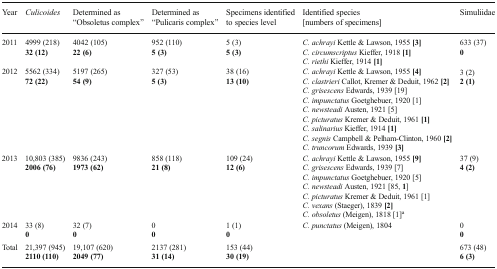
<table><thead><tr><td><b>Year</b></td><td><b><i>Culicoides</i></b></td><td><b>Determined as “Obsoletus complex”</b></td><td><b>Determined as “Pulicaris complex”</b></td><td><b>Specimens identified to species level</b></td><td><b>Identified species [numbers of specimens]</b></td><td><b>Simuliidae</b></td></tr></thead><tbody><tr><td>2011</td><td>4999 (218)<b>32 (12)</b></td><td>4042 (105)<b>22 (6)</b></td><td>952 (110)<b>5 (3)</b></td><td>5 (3)<b>5 (3)</b></td><td><i>C. achrayi</i> Kettle &amp; Lawson, 1955 <b>[3]</b><i>C. circumscriptus</i> Kieffer, 1918 <b>[1]</b><i>C. riethi</i> Kieffer, 1914 <b>[1]</b></td><td>633 (37)<b>0</b></td></tr><tr><td>2012</td><td>5562 (334)<b>72 (22)</b></td><td>5197 (265)<b>54 (9)</b></td><td>327 (53)<b>5 (3)</b></td><td>38 (16)<b>13 (10)</b></td><td><i>C. achrayi</i> Kettle &amp; Lawson, 1955 <b>[4]</b><i>C. clastrieri</i> Callot, Kremer &amp; Deduit, 1962 <b>[2]</b><i>C. grisescens</i> Edwards, 1939 [19]<i>C. impunctatus</i> Goetghebuer, 1920 [1]<i>C. newsteadi</i> Austen, 1921 [5]<i>C. picturatus</i> Kremer &amp; Deduit, 1961 <b>[1]</b><i>C. salinarius</i> Kieffer, 1914 <b>[1]</b><i>C. segnis</i> Campbell &amp; Pelham-Clinton, 1960 <b>[2]</b><i>C. truncorum</i> Edwards, 1939 <b>[3]</b></td><td>3 (2)<b>2 (1)</b></td></tr><tr><td>2013</td><td>10,803 (385)<b>2006 (76)</b></td><td>9836 (243)<b>1973 (62)</b></td><td>858 (118)<b>21 (8)</b></td><td>109 (24)<b>12 (6)</b></td><td><i>C. achrayi</i> Kettle &amp; Lawson, 1955 <b>[9]</b><i>C. grisescens</i> Edwards, 1939 [7]<i>C. impunctatus</i> Goetghebuer, 1920 [5]<i>C. newsteadi</i> Austen, 1921 [85, <b>1</b>]<i>C. picturatus</i> Kremer &amp; Deduit, 1961 [1]<i>C. vexans</i> (Staeger), 1839 <b>[2]</b><i>C. obsoletus</i> (Meigen), 1818 [1]<sup>a</sup></td><td>37 (9)<b>4 (2)</b></td></tr><tr><td>2014</td><td>33 (8)<b>0</b></td><td>32 (7)<b>0</b></td><td>0<b>0</b></td><td>1 (1)<b>0</b></td><td><i>C. punctatus</i> (Meigen), 1804</td><td>0<b>0</b></td></tr><tr><td>Total</td><td>21,397 (945)<b>2110 (110)</b></td><td>19,107 (620)<b>2049 (77)</b></td><td>2137 (281)<b>31 (14)</b></td><td>153 (44)<b>30 (19)</b></td><td></td><td>673 (48)<b>6 (3)</b></td></tr></tbody></table>